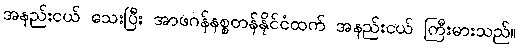
အနည်းငယ် သေးပြီး အာဖဂန်နစ္စတန်နိုင်ငံထက် အနည်းငယ် ကြီးမားသည်။